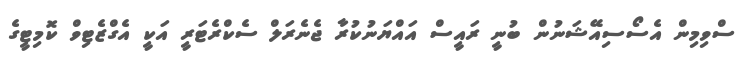
ސްވިމިން އެސޯސިއޭޝަނުން ބުނީ ރައީސް އައްޔަނުކުރާ ޖެނެރަލް ސެކްރެޓަރީ އަކީ އެގްޒެޓިވް ކޮމިޓީގެ